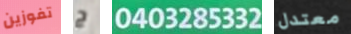
تفوزين ج 0403285332 معتدل